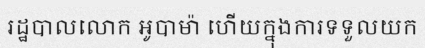
រដ្ឋបាលលោក អូបាម៉ា ហើយក្នុងការទទួលយក